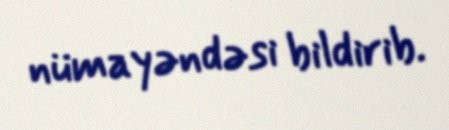
nümayəndəsi bildirib.